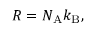
R = N _ { \mathrm { { A } } } k _ { \mathrm { { B } } } ,